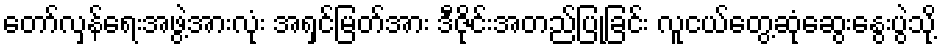
တော်လှန်ရေးအဖွဲ့အားလုံး အရှင်မြတ်အား ဒီဇိုင်းအတည်ပြုခြင်း လူငယ်တွေ့ဆုံဆွေးနွေးပွဲသို့